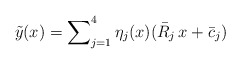
\begin{align*}\tilde{y}(x) = \sum\nolimits^4_{j=1} \eta_j(x) (\bar{R}_j \,x + \bar{c}_j) \end{align*}